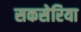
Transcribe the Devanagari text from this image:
सकसेरिया